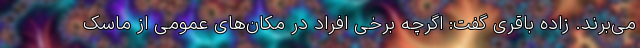
می‌برند. زاده باقری گفت: اگرچه برخی افراد در مکان‌های عمومی از ماسک